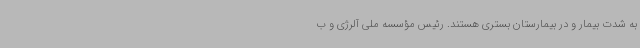
به شدت بیمار و در بیمارستان بستری هستند. رئیس مؤسسه ملی آلرژی و ب